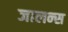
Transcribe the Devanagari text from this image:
जालन्स